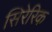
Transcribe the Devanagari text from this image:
सिरेरिक